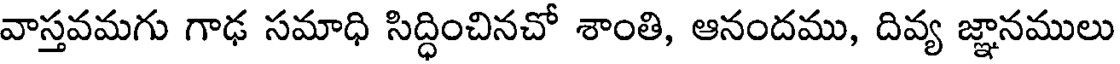
వాస్తవమగు గాఢ సమాధి సిద్ధించినచో శాంతి, ఆనందము, దివ్య జ్ఞానములు